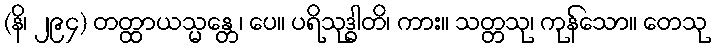
(နိ၊ ၂၉၄) တတ္ထာယသ္မန္တေ၊ ပေ။ ပရိသုဒ္ဓါတိ၊ ကား။ သတ္တသု၊ ကုန်သော။ တေသု